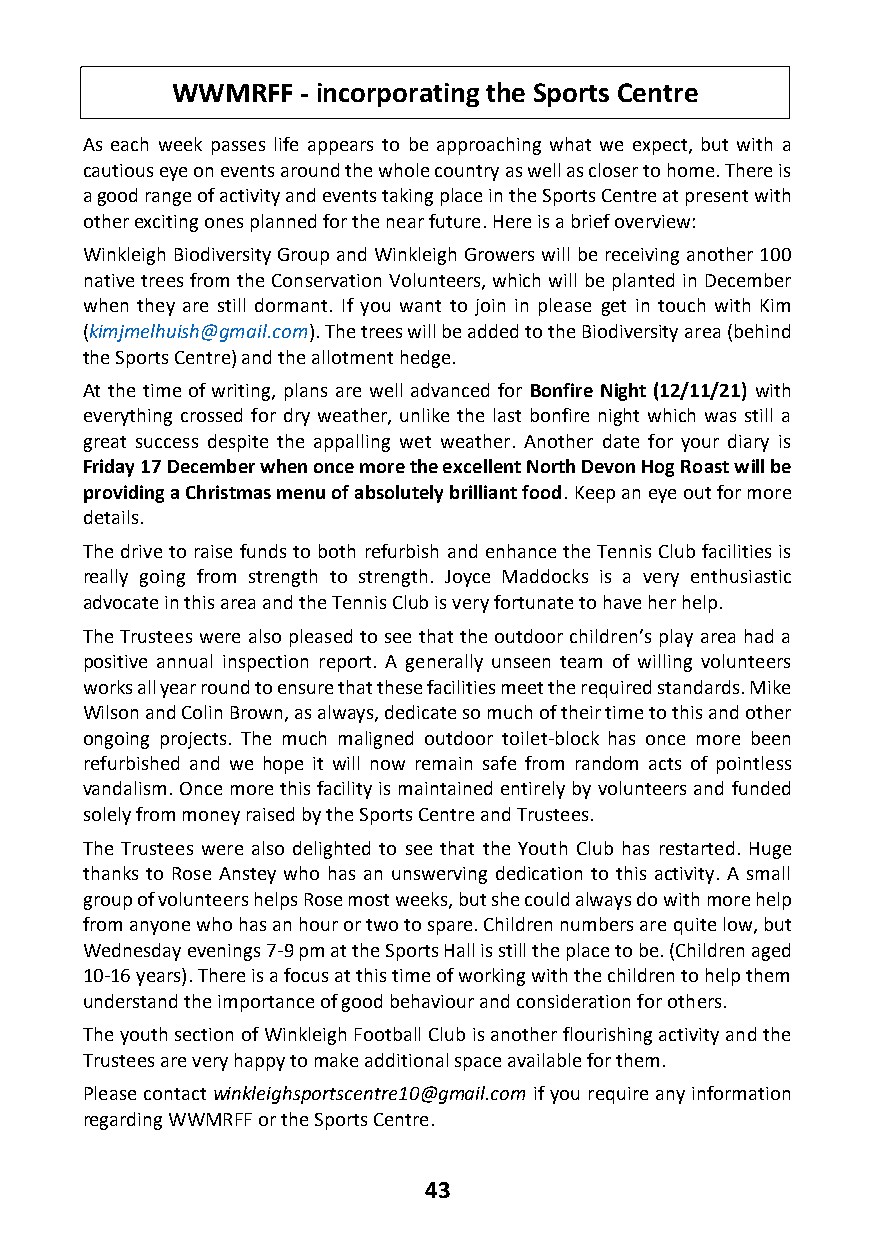
WWMRFF   - incorporating the Sports Centre
 As each week passes life appears to be approaching what we expect, but with a
 cautious eye on events around the whole country as well as closer to home. There is
 a good range of activity and events taking place in the Sports Centre at present with
 other exciting ones planned for the near future. Here is a brief overview:
 Winkleigh Biodiversity Group and Winkleigh Growers will be receiving another 100
 native trees from the Conservation Volunteers, which will be planted in December
 when they are still dormant. If you want to join in please get in touch with Kim
 (kimjmelhuish@gmail.com). The trees will be added to the Biodiversity area (behind
 the Sports Centre) and the allotment hedge.
 At the time of writing, plans are well advanced for Bonfire Night (12/11/21) with
 everything crossed for dry weather, unlike the last bonfire night which was still a
 great success despite the appalling wet weather. Another date for your diary is
 Friday 17 December when once more the excellent North Devon Hog Roast will be
 providing a Christmas menu of absolutely brilliant food. Keep an eye out for more
 details.
 The drive to raise funds to both refurbish and enhance the Tennis Club facilities is
 really going from strength to strength. Joyce Maddocks is a very enthusiastic
 advocate in this area and the Tennis Club is very fortunate to have her help.
 The Trustees were also pleased to see that the outdoor children’s play area had a
 positive annual inspection report. A generally unseen team of willing volunteers
 works all year round to ensure that these facilities meet the required standards. Mike
 Wilson and Colin Brown, as always, dedicate so much of their time to this and other
 ongoing projects. The much maligned outdoor toilet-block has once more been
 refurbished and we hope it will now remain safe from random acts of pointless
 vandalism. Once more this facility is maintained entirely by volunteers and funded
 solely from money raised by the Sports Centre and Trustees.
 The Trustees were also delighted to see that the Youth Club has restarted. Huge
 thanks to Rose Anstey who has an unswerving dedication to this activity. A small
 group of volunteers helps Rose most weeks, but she could always do with more help
 from anyone who has an hour or two to spare. Children numbers are quite low, but
 Wednesday evenings 7-9 pm at the Sports Hall is still the place to be. (Children aged
 10-16 years). There is a focus at this time of working with the children to help them
 understand the importance of good behaviour and consideration for others.
 The youth section of Winkleigh Football Club is another flourishing activity and the
 Trustees are very happy to make additional space available for them.
 Please contact winkleighsportscentre10@gmail.com if you require any information
 regarding WWMRFF or the Sports Centre.
 43